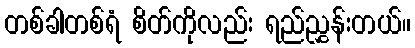
တစ်ခါတစ်ရံ စိတ်ကိုလည်း ရည်ညွှန်းတယ်။